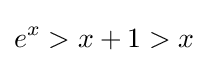
e^{x}>x+1>x